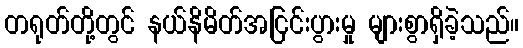
တရုတ်တို့တွင် နယ်နိမိတ်အငြင်းပွားမှု များစွာရှိခဲ့သည်။